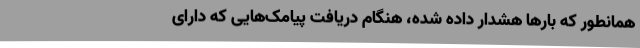
همانطور که بارها هشدار داده شده، هنگام دریافت پیامک‌هایی که دارای